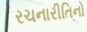
રચનારીતિનો